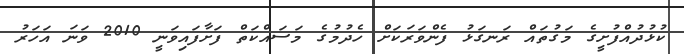
ކުޅުދުއްފުށީގެ މަގުތައް ރަނގަޅު ފެންވަރަކަށް ހެދުމުގެ މަސައްކަތް ފަށާފައިވަނީ 2010 ވަނަ އަހަރު